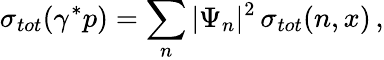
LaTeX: \sigma_{tot}(\gamma^{*}p)=\sum_{n}|\Psi_{n}|^{2}\, \sigma_{tot}(n,x)\, ,